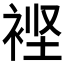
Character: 𮖃